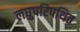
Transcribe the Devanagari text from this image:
लघुपरिपथित